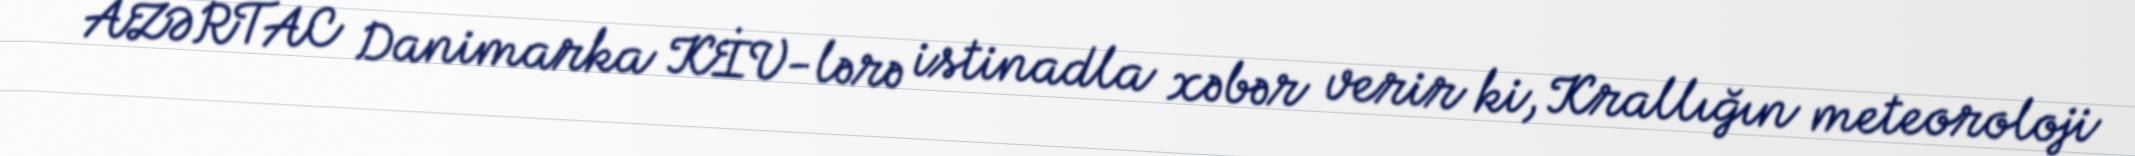
AZƏRTAC Danimarka KİV-lərə istinadla xəbər verir ki, Krallığın meteoroloji